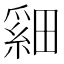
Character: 𬏏